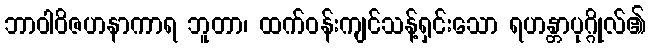
ဘာဝါဝိဇဟနာကာရ ဘူတာ၊ ထက်ဝန်းကျင်သန့်ရှင်းသော ရဟန္တာပုဂ္ဂိုလ်၏